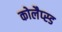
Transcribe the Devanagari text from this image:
कोलैप्स्ड